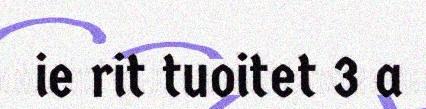
ie rit tuoitet 3 a